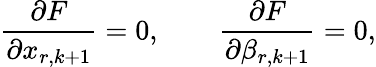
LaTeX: \frac{\partial F}{\partial x_{r,k+1}}=0,\qquad\frac{\partial F}{\partial\beta_{r,k+1}}=0,